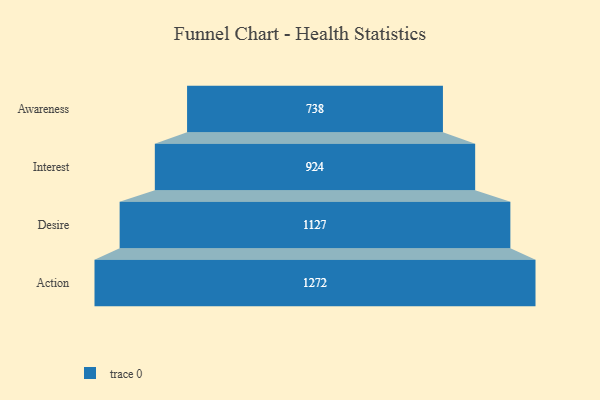
{"axis": {"x": "Stage", "y": "Value"}, "legend": [""], "data": [{"x": "Awareness", "y": 738.0, "type": ""}, {"x": "Interest", "y": 924.0, "type": ""}, {"x": "Desire", "y": 1127.0, "type": ""}, {"x": "Action", "y": 1272.0, "type": ""}]}